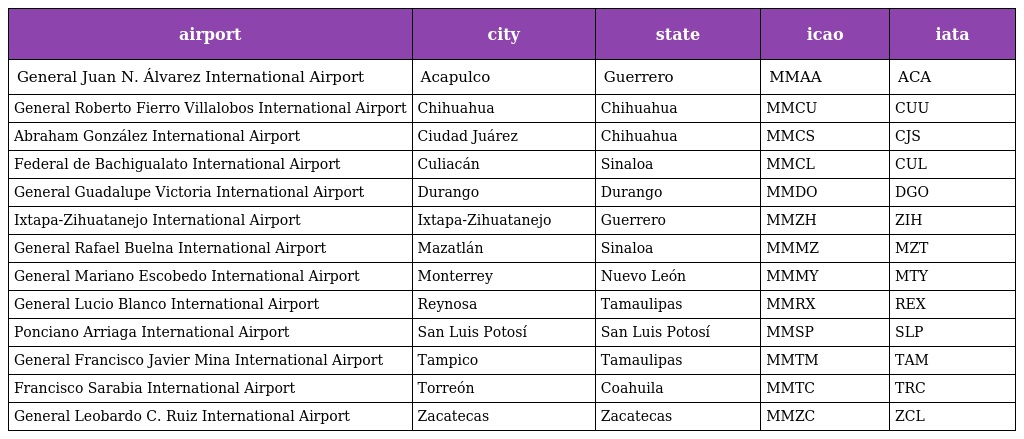
| airport | city | state | icao | iata |
 | --- | --- | --- | --- | --- |
 | General Juan N. Álvarez International Airport | Acapulco | Guerrero | MMAA | ACA |
 | General Roberto Fierro Villalobos International Airport | Chihuahua | Chihuahua | MMCU | CUU |
 | Abraham González International Airport | Ciudad Juárez | Chihuahua | MMCS | CJS |
 | Federal de Bachigualato International Airport | Culiacán | Sinaloa | MMCL | CUL |
 | General Guadalupe Victoria International Airport | Durango | Durango | MMDO | DGO |
 | Ixtapa-Zihuatanejo International Airport | Ixtapa-Zihuatanejo | Guerrero | MMZH | ZIH |
 | General Rafael Buelna International Airport | Mazatlán | Sinaloa | MMMZ | MZT |
 | General Mariano Escobedo International Airport | Monterrey | Nuevo León | MMMY | MTY |
 | General Lucio Blanco International Airport | Reynosa | Tamaulipas | MMRX | REX |
 | Ponciano Arriaga International Airport | San Luis Potosí | San Luis Potosí | MMSP | SLP |
 | General Francisco Javier Mina International Airport | Tampico | Tamaulipas | MMTM | TAM |
 | Francisco Sarabia International Airport | Torreón | Coahuila | MMTC | TRC |
 | General Leobardo C. Ruiz International Airport | Zacatecas | Zacatecas | MMZC | ZCL |